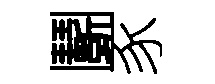
鬬豕